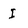
Character: I